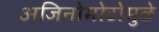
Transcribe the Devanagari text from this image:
अजिनोमोटोमुळे